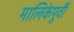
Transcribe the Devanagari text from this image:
मालिकेपूर्वी